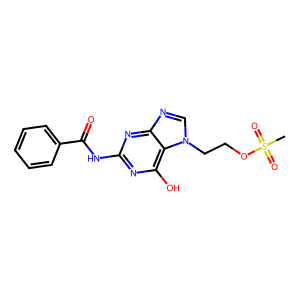
SMILES: CS(=O)(=O)OCCn1cnc2nc(NC(=O)c3ccccc3)nc(O)c21
Inhibits HIV replication: No